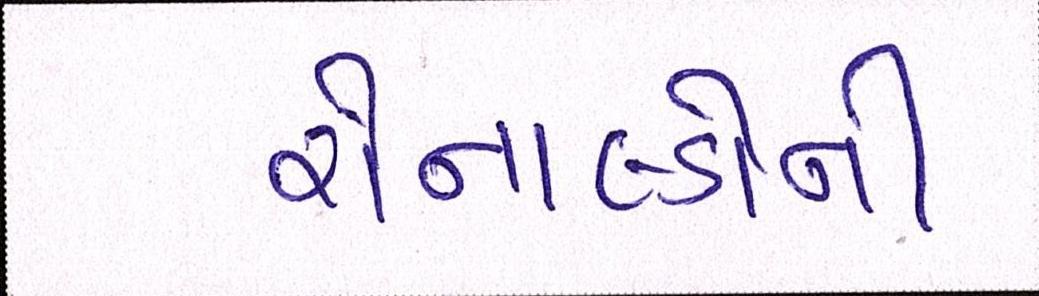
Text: રોનાલ્ડોની